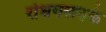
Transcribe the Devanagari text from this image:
रोधगलनके